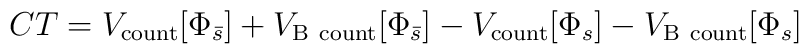
CT=V_{\rm count}[\Phi_{\bar{s}} ]+V_{\rm B\  count}[\Phi_{\bar{s}} ]-V_{\rm count}[\Phi_s ]- V_{\rm B\ count}[\Phi_s ]